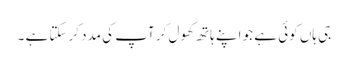
جی ہاں کوئی ہے جو اپنے ہاتھ کھول کر آپ کی مدد کرسکتا ہے ۔